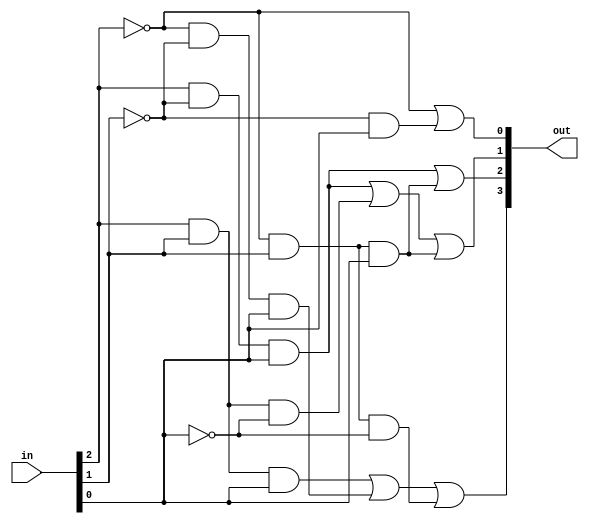
module lab6(in, out); // lab6()
	
	//
	input [2:0]in; // in , 3bit wire
	output [3:0]out; // out , 4bit wire
	
	//
	assign out[3] = (in[2] & in[1] & in[0]) | (!in[2] & !in[1] & in[0]) | (!in[2] & in[1] & !in[0]), 
		out[2] = (in[2] & !in[1] & in[0]) | (!in[2] & in[1] & in[0]),
		out[1] = (in[2] & !in[1] & in[0]) | (in[2] & in[1] & !in[0]) | (!in[2] & in[1] & in[0]),
		out[0] = (!in[2]) | (!in[1] & in[0]); 
		// assign  out 

endmodule //